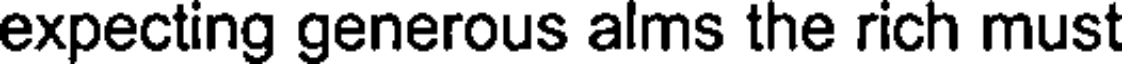
expecting generous alms the rich must